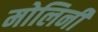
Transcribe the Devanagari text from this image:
मोलिनी